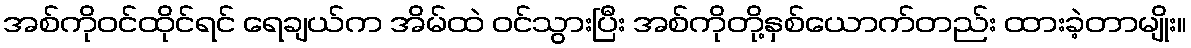
အစ်ကိုဝင်ထိုင်ရင် ရေချယ်က အိမ်ထဲ ဝင်သွားပြီး အစ်ကိုတို့နှစ်ယောက်တည်း ထားခဲ့တာမျိုး။